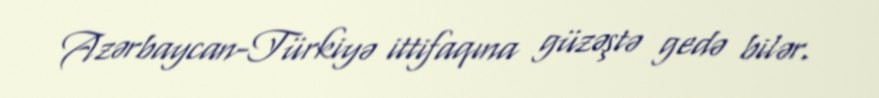
Azərbaycan-Türkiyə ittifaqına güzəştə gedə bilər.